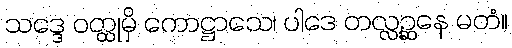
သဒ္ဒေ ဝတ္ထုမှိ ကောဋ္ဌာသေ၊ ပါဒေ တလ္လဉ္ဆနေ မတံ။